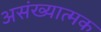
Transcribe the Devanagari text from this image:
असंख्यात्मक